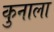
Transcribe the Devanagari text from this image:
कुनाला